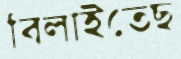
বিলাইতেছ